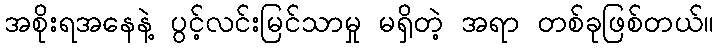
အစိုးရအနေနဲ့ ပွင့်လင်းမြင်သာမှု မရှိတဲ့ အရာ တစ်ခုဖြစ်တယ်။